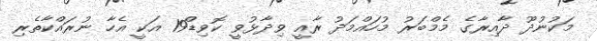
މަކުނުދޫ ދާއިރާގެ މެމްބަރު މުހައްމަދު ރާއީ ވިދާޅުވީ ކޮވިޑް19 އަކީ އެހާ ނުރައްކާތެރި